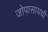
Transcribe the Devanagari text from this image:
जोपासायची